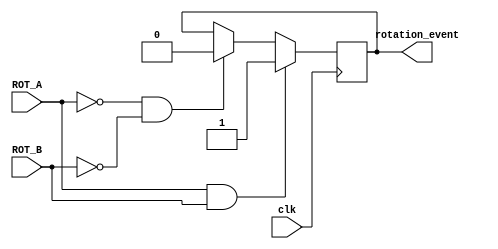
`timescale 1ns / 1ps
//////////////////////////////////////////////////////////////////////////////////
// Company: 
// Engineer: 
// 
// Design Name: 
// Module Name:    is_rotation 
// Project Name: 
// Target Devices: 
// Tool versions: 
// Description: 
//
// Dependencies: 
//
// Revision: 
// Revision 0.01 - File Created
// Additional Comments: 
//
//////////////////////////////////////////////////////////////////////////////////

module is_rotation( clk, ROT_A, ROT_B, rotation_event
    );
	 
	 input clk, ROT_A, ROT_B;
	 
	 output rotation_event;
	 reg rotation_event;
	 
	 always@(posedge clk) begin
		if(ROT_A == 1 && ROT_B == 1) begin
				rotation_event <= 1;
		end
		else if(ROT_A == 0 && ROT_B == 0) begin
				rotation_event <= 0;
		end
	 end
endmodule